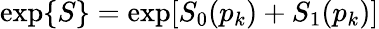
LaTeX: \exp\{ S\} =\exp[S_{0}(p_{k})+S_{1}(p_{k})]